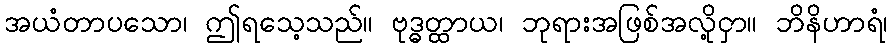
အယံတာပသော၊ ဤရသေ့သည်။ ဗုဒ္ဓတ္ထာယ၊ ဘုရားအဖြစ်အလို့ငှာ။ ဘိနိဟာရံ၊